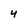
Character: 4